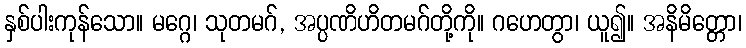
နှစ်ပါးကုန်သော။ မဂ္ဂေ၊ သုတမဂ်, အပ္ပဏိဟိတမဂ်တို့ကို။ ဂဟေတွာ၊ ယူ၍။ အနိမိတ္တော၊